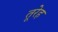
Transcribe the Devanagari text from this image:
तूरेह